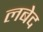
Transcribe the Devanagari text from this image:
लबेद